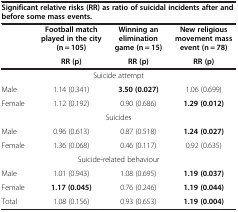
| <COLSPAN=4> Significant relative risks (RR) as ratio of suicidal incidents after and before some mass events. |
 | --- | --- | --- | --- |
 |  | Football match played in the city (n = 105) | Winning an elimination game (n = 15) | New religious movement mass event (n = 78) |
 |  | RR (p) | RR (p) | RR (p) |
 | <COLSPAN=4> Suicide attempt |
 | Male | 1.14 (0.341) | 3.50(0.027) | 1.06 (0.699) |
 | Female | 1.12 (0.192) | 0.90 (0.686) | 1.29(0.012) |
 | <COLSPAN=4> Suicides |
 | Male | 0.96 (0.613) | 0.87 (0.518) | 1.24(0.027) |
 | Female | 1.36 (0.068) | 0.46 (0.117) | 0.92 (0.635) |
 | <COLSPAN=4> Suicide-related behaviour |
 | Male | 1.01 (0.943) | 1.08 (0.695) | 1.19 (0.037) |
 | Female | 1.17 (0.045) | 0.76 (0.246) | 1.19(0.044) |
 | Total | 1.08 (0.156) | 0.93 (0.653) | 1.19(0.004) |